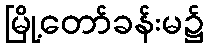
မြို့တော်ခန်းမ၌